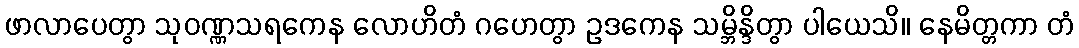
ဖာလာပေတွာ သုဝဏ္ဏသရကေန လောဟိတံ ဂဟေတွာ ဥဒကေန သမ္ဘိန္ဒိတွာ ပါယေသိ။ နေမိတ္တကာ တံ